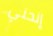
إنحني